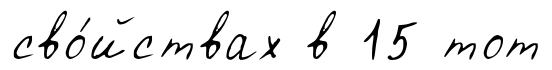
сво́йствах в 15 тот